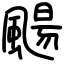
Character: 颺